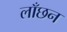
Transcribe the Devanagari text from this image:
लाँछन